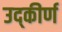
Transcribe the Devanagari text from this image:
उद्कीर्ण